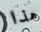
هذا